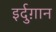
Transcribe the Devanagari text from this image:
इर्दुग़ान